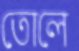
তোলে